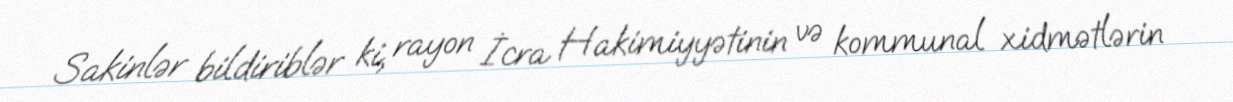
Sakinlər bildiriblər ki, rayon İcra Hakimiyyətinin və kommunal xidmətlərin